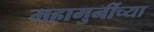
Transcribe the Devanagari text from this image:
महामुनींच्या